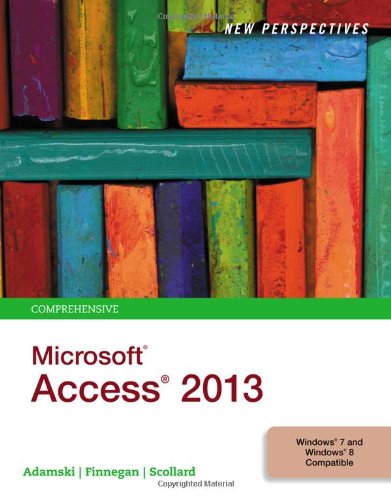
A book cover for New Perspectives on Microsoft Access 2013, Comprehensive; Joseph J. Adamski; Computers & Technology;